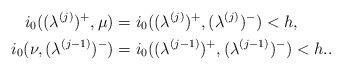
LaTeX: \begin{align*}i_0((\lambda^{(j)})^+,\mu) &= i_0((\lambda^{(j)})^+,(\lambda^{(j)})^-)<h, \\i_0(\nu,(\lambda^{(j-1)})^-) &= i_0((\lambda^{(j-1)})^+,(\lambda^{(j-1)})^-)<h..\end{align*}